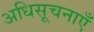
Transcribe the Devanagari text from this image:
अधिसूचनाएँ